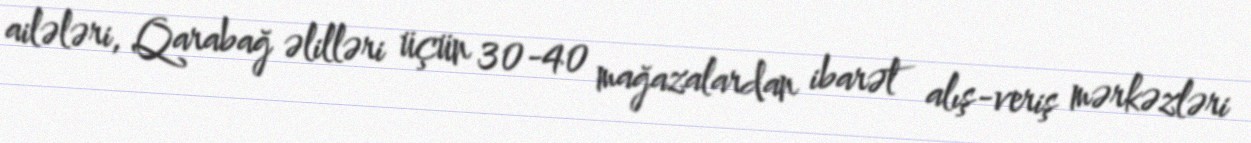
ailələri, Qarabağ əlilləri üçün 30-40 mağazalardan ibarət alış-veriş mərkəzləri